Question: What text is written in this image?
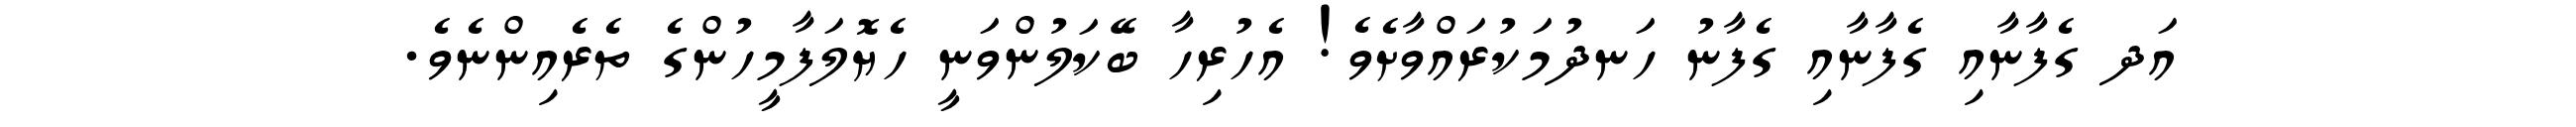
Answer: އަދ ގެފާނާއި ގެފާނާއި ގެފާނު ހަނދުމަކުރައްވާށެވެ! އެހުރިހާ ބޭކަލުންވަނީ ހެޔޮލަފާމީހުންގެ ތެރެއިންނެވެ.